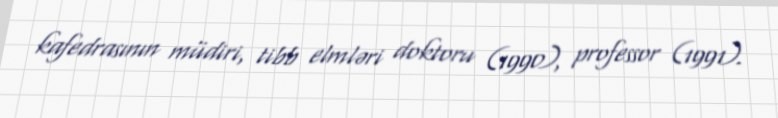
kafedrasının müdiri, tibb elmləri doktoru (1990), professor (1991).